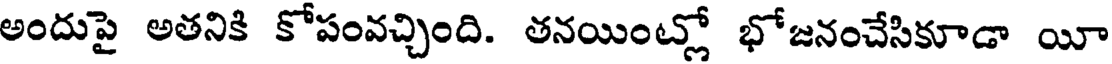
అందుపై అతనికి కోపంవచ్చింది. తనయింట్లో భోజనంచేసికూడా యీ